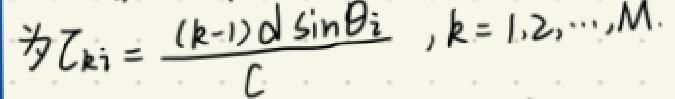
为$\tau_{ki}=\frac{(k - 1)d\sin\theta_{i}}{c} ,k = 1,2,\cdots,M.$